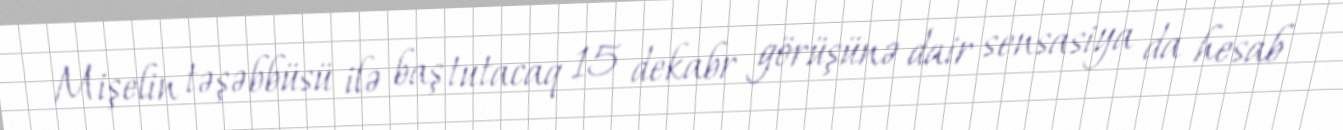
Mişelin təşəbbüsü ilə baş tutacaq 15 dekabr görüşünə dair sensasiya da hesab